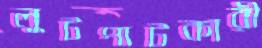
লুটপাটকারী